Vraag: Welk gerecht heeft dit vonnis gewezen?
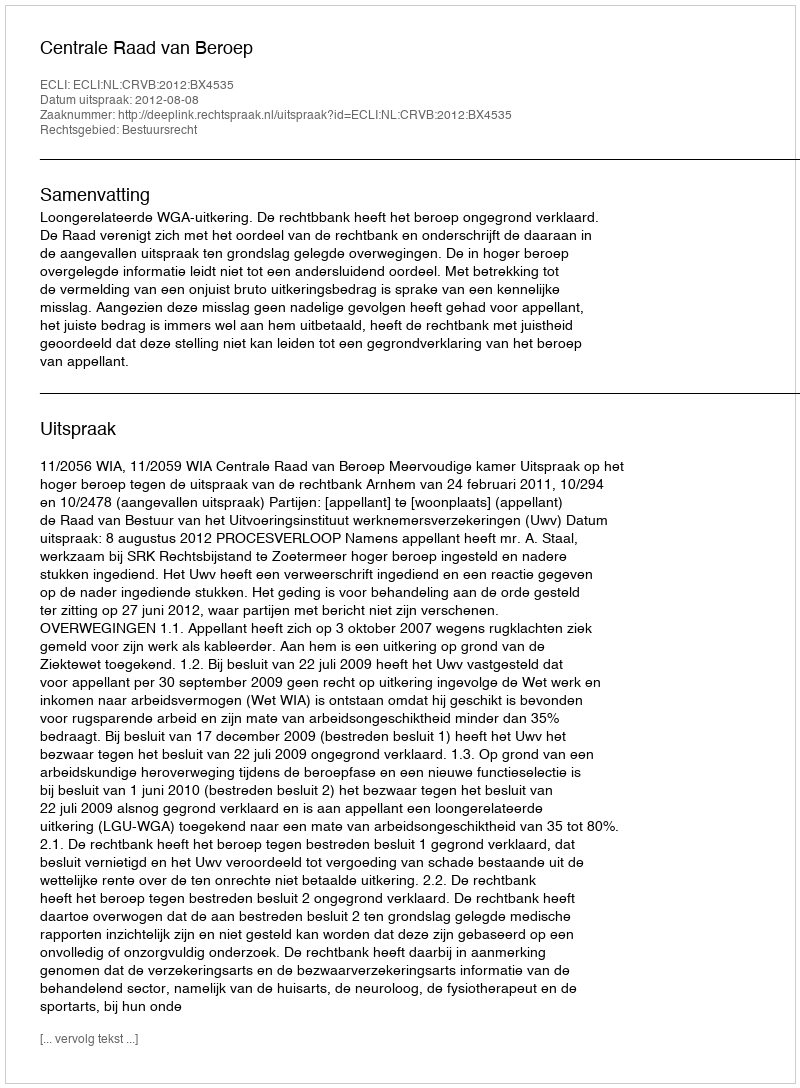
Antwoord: Centrale Raad van Beroep